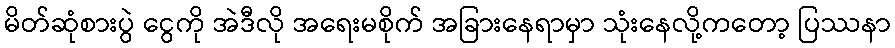
မိတ်ဆုံစားပွဲ ငွေကို အဲဒီလို အရေးမစိုက် အခြားနေရာမှာ သုံးနေလို့ကတော့ ပြဿနာ